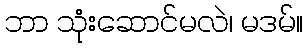
ဘာ သုံးဆောင်မလဲ၊ မဒမ်။